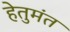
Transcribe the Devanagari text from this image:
हेतुमंत